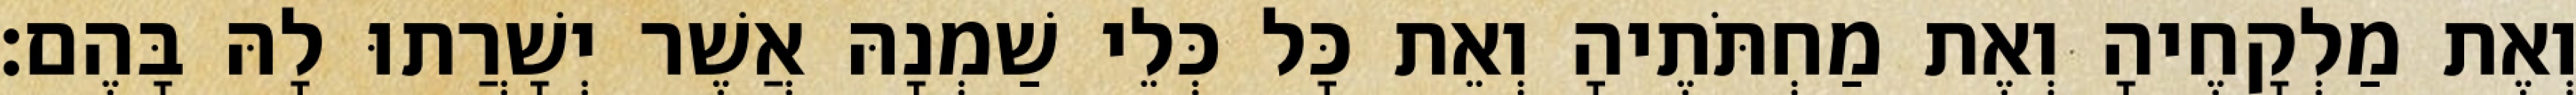
וְאֶת מַלְקָחֶיהָ וְאֶת מַחְתֹּתֶיהָ וְאֵת כָּל כְּלֵי שַׁמְנָהּ אֲשֶׁר יְשָׁרֲתוּ לָהּ בָּהֶם׃